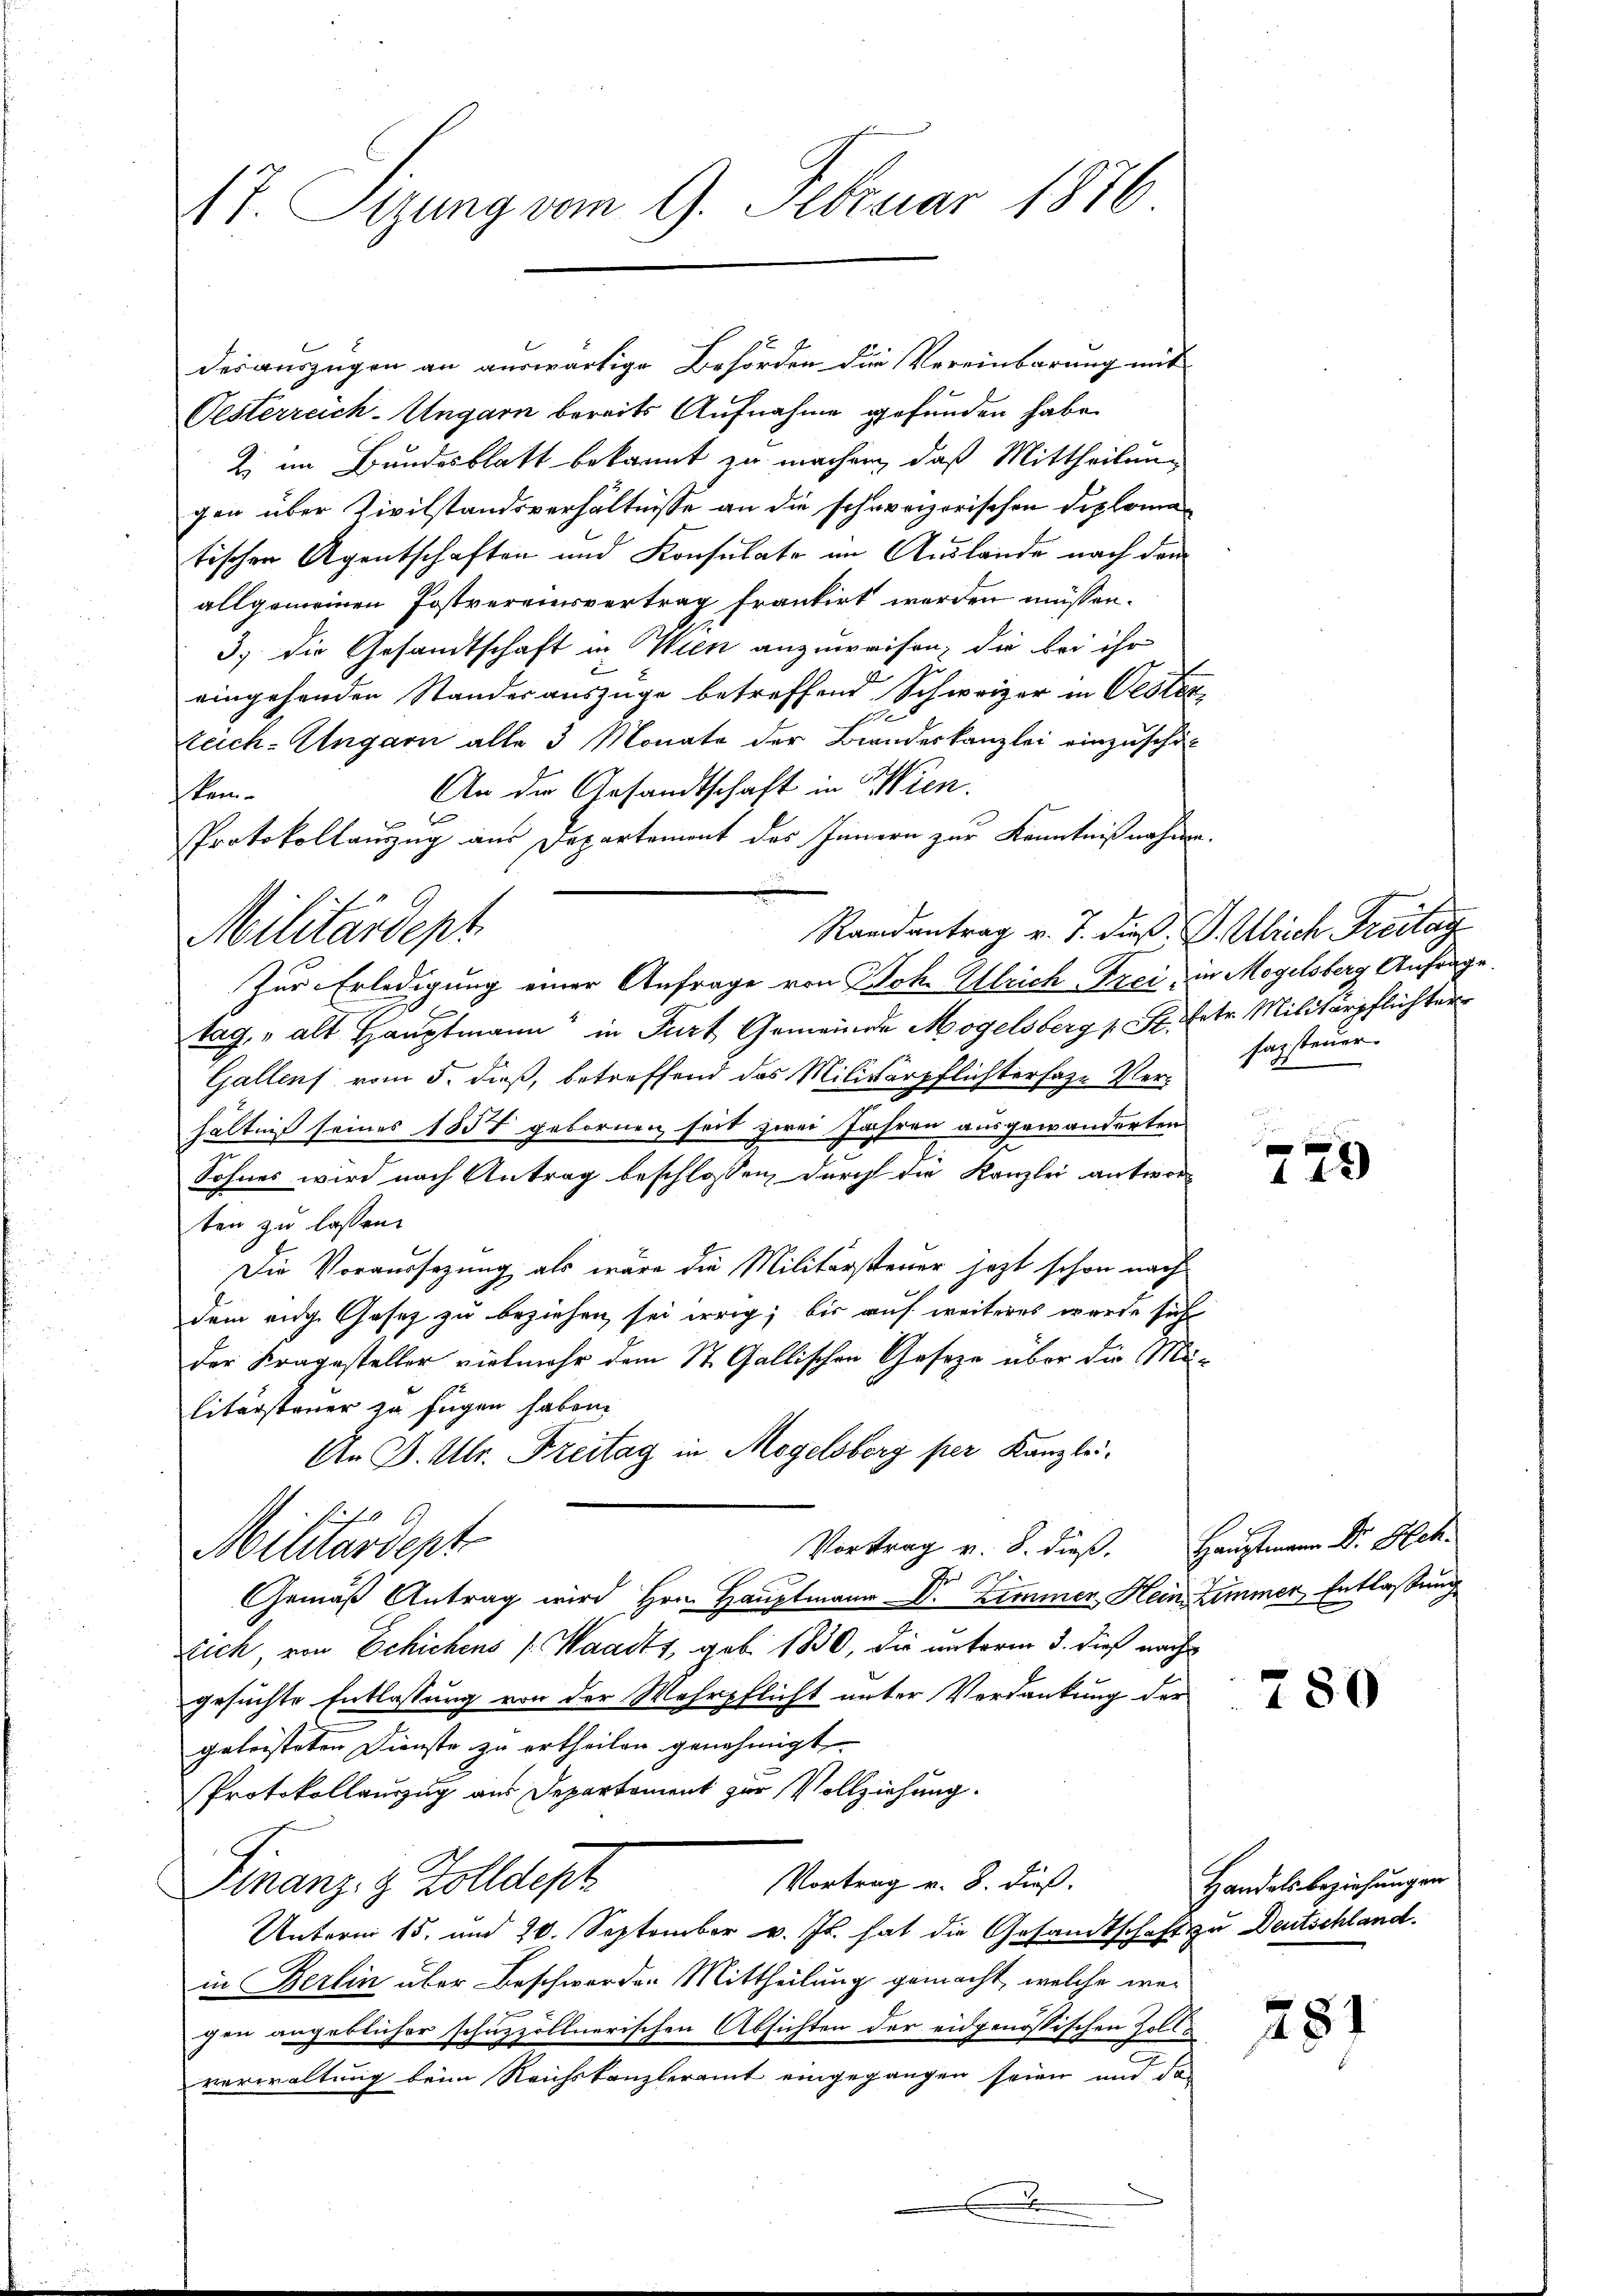
17. Sizung vom 9. Februar 1876

desauszügen an auswärtige Behörden die Vereinbarung mit
Oesterreich-Ungarn bereits Aufnahme gefunden habe.
Ei im Bundesblatt bekannt zu machen, daß Mittheilung
gen über Civilstandsverhältnisse an die schweizerischen Diplomatischen Agentschaften und Konsulate im Auslände nach dem
allgemeinen Postvereinsvertrag frankirt werden müssen.
3.) Die Gesandtschaft in Wien anzuweisen, die bei ihr
1
eingehenden Standesauszüge betreffend Schweizer in Oesten
teich-Ungarn alle 3 Monate der Bundeskanzlei einzuschä¬
An der Gesandtschaft in Wien.
kei-
Protokollauszug aus Departement des Innern zur Kenntnißnahme.
Randantrag v. J. dieß. P. Ulrich Freitag
Zur Erledigung einer Anfrage von Joh. Ulrich Frei, in Mogelsberg Anfrage.
tag, „alt Hauptmann in Part Gemeinde Mogelsberg v. St. Ertr. Militärpflichter
Gallens vom 5. dieß, betreffend das Militärpflichtersage Verhältniß seines 1854 gebornen seit zwei Jahren ausgewanderten
Sohner wird nach Antrag beschlossen, durch die Kanzlei antwor
ten zu lassen.
Die Voraussezung als wäre die Militärsteuer jezt schon nach
dem eidg. Gesez zu beziehen sei irrig; bis auf weiteres wurde sich
der Fragesteller vielmehr dem St. Gallischen Geseze über die Militärsteuer zu fügen haben.
An B. Ulr. Freitag in Mogelsberg per Kanzlei-
Vortrag v. 8. dieß.
Militärdept
Gemäß Antrag wird Hrn. Hauptmann Dr. Zimmer, Heim Zimmer Entlassung
Eich, von Schichens (Waadt, geb. 1830, die unterm 3. dieß nach
gesuchte Entlassung von der Wehrpflicht unter Verdankung der
geleisteten Dienste zu ertheilen genehmigt.
Protokollauszug aus Departement zur Vollziehung.
Vortrag v. 8. dieß.
Finanz- & Zolldept
Unterm 15. und 20. September v. Js. hat die Gesandtschaft zu Deutschland.
in Berlin über Beschwerden Mittheilung gemacht, welche weigen angeblicher schuzzöllnerischen Absichten der eidgenössischen Zollverwaltung beim Reichskanzleramt eingegangen seien und da

Militärdept.

.
i

sagsteuer

e
142)

Hauptmann Dr. Glet.

780

Handels beziehungen

281